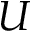
U